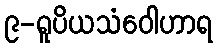
၉-ရူပိယသံဝေါဟာရ